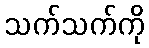
သက်သက်ကို